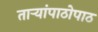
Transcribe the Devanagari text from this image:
ताऱ्यांपाठोपाठ